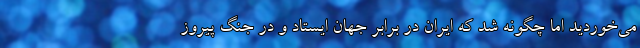
می‌خوردید اما چگونه شد که ایران در برابر جهان ایستاد و در جنگ پیروز